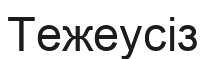
Тежеусіз